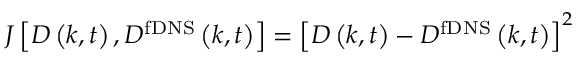
J \left[ { { { D } } \left( { k , t } \right) , { { D ^ { \mathrm { { f D N S } } } } } \left( { k , t } \right) } \right] = { \left[ { { { D } } \left( { k , t } \right) - { { { D ^ { \mathrm { { f D N S } } } } } } \left( { k , t } \right) } \right] ^ { 2 } }